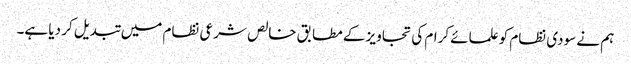
ہم نے سودی نظام کو علمائے کرام کی تجاویز کے مطابق خالص شرعی نظام میں تبدیل کر دیا ہے۔